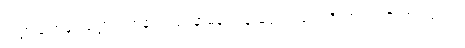
သဠာယတနံ၊ သဠာယတနသည်။ နာမရူပံ၊ နာမ်ရုပ်သည်။ ဝိညာဏံ၊ ဝိညာဉ်သည်။